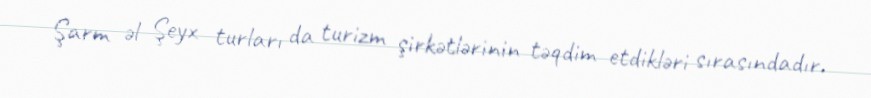
Şarm əl Şeyx turları da turizm şirkətlərinin təqdim etdikləri sırasındadır.